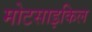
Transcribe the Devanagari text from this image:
मोटसाइकिल